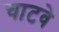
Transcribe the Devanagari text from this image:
चाटवे